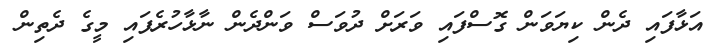
އަޅާފައި ދެން ކިޔަވަން ގޮސްފައި ވަރަށް ދުވަސް ވަންދެން ނާޅާހުރެފައި މީގެ ދެތިން